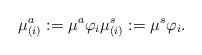
LaTeX: \begin{align*}\mu^a_{(i)} := \mu^a\varphi_i \mu^s_{(i)} := \mu^s\varphi_i.\end{align*}